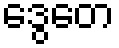
ဒွေတေ